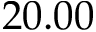
2 0 . 0 0